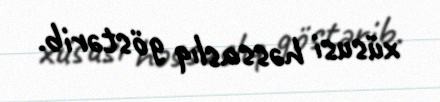
xüsusi həssaslıq göstərib.